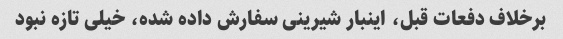
برخلاف دفعات قبل، اینبار شیرینی سفارش داده شده، خیلی تازه نبود